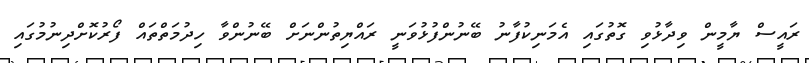
ރައީސް ޔާމީން ވިދާޅުވި ގޮތުގައި އެމަނިކުފާނު ބޭނުންފުޅުވަނީ ރައްޔިތުންނަށް ބޭނުންވާ ހިދުމަތްތައް ފޯރުކޮށްދިނުމުގައި